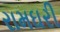
રામઘરી